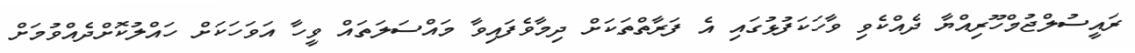
ރައީސުލްޖުމްހޫރިއްޔާ ދެއްކެވި ވާހަކަފުޅުގައި އެ ފަރާތްތަކަށް ދިމާވެފައިވާ މައްސަލަތައް ވީހާ އަވަހަކަށް ހައްލުކޮށްދެއްވުމަށް